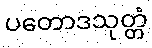
ပတောဒသုတ္တံ